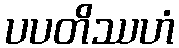
ပပတိဿဟံ